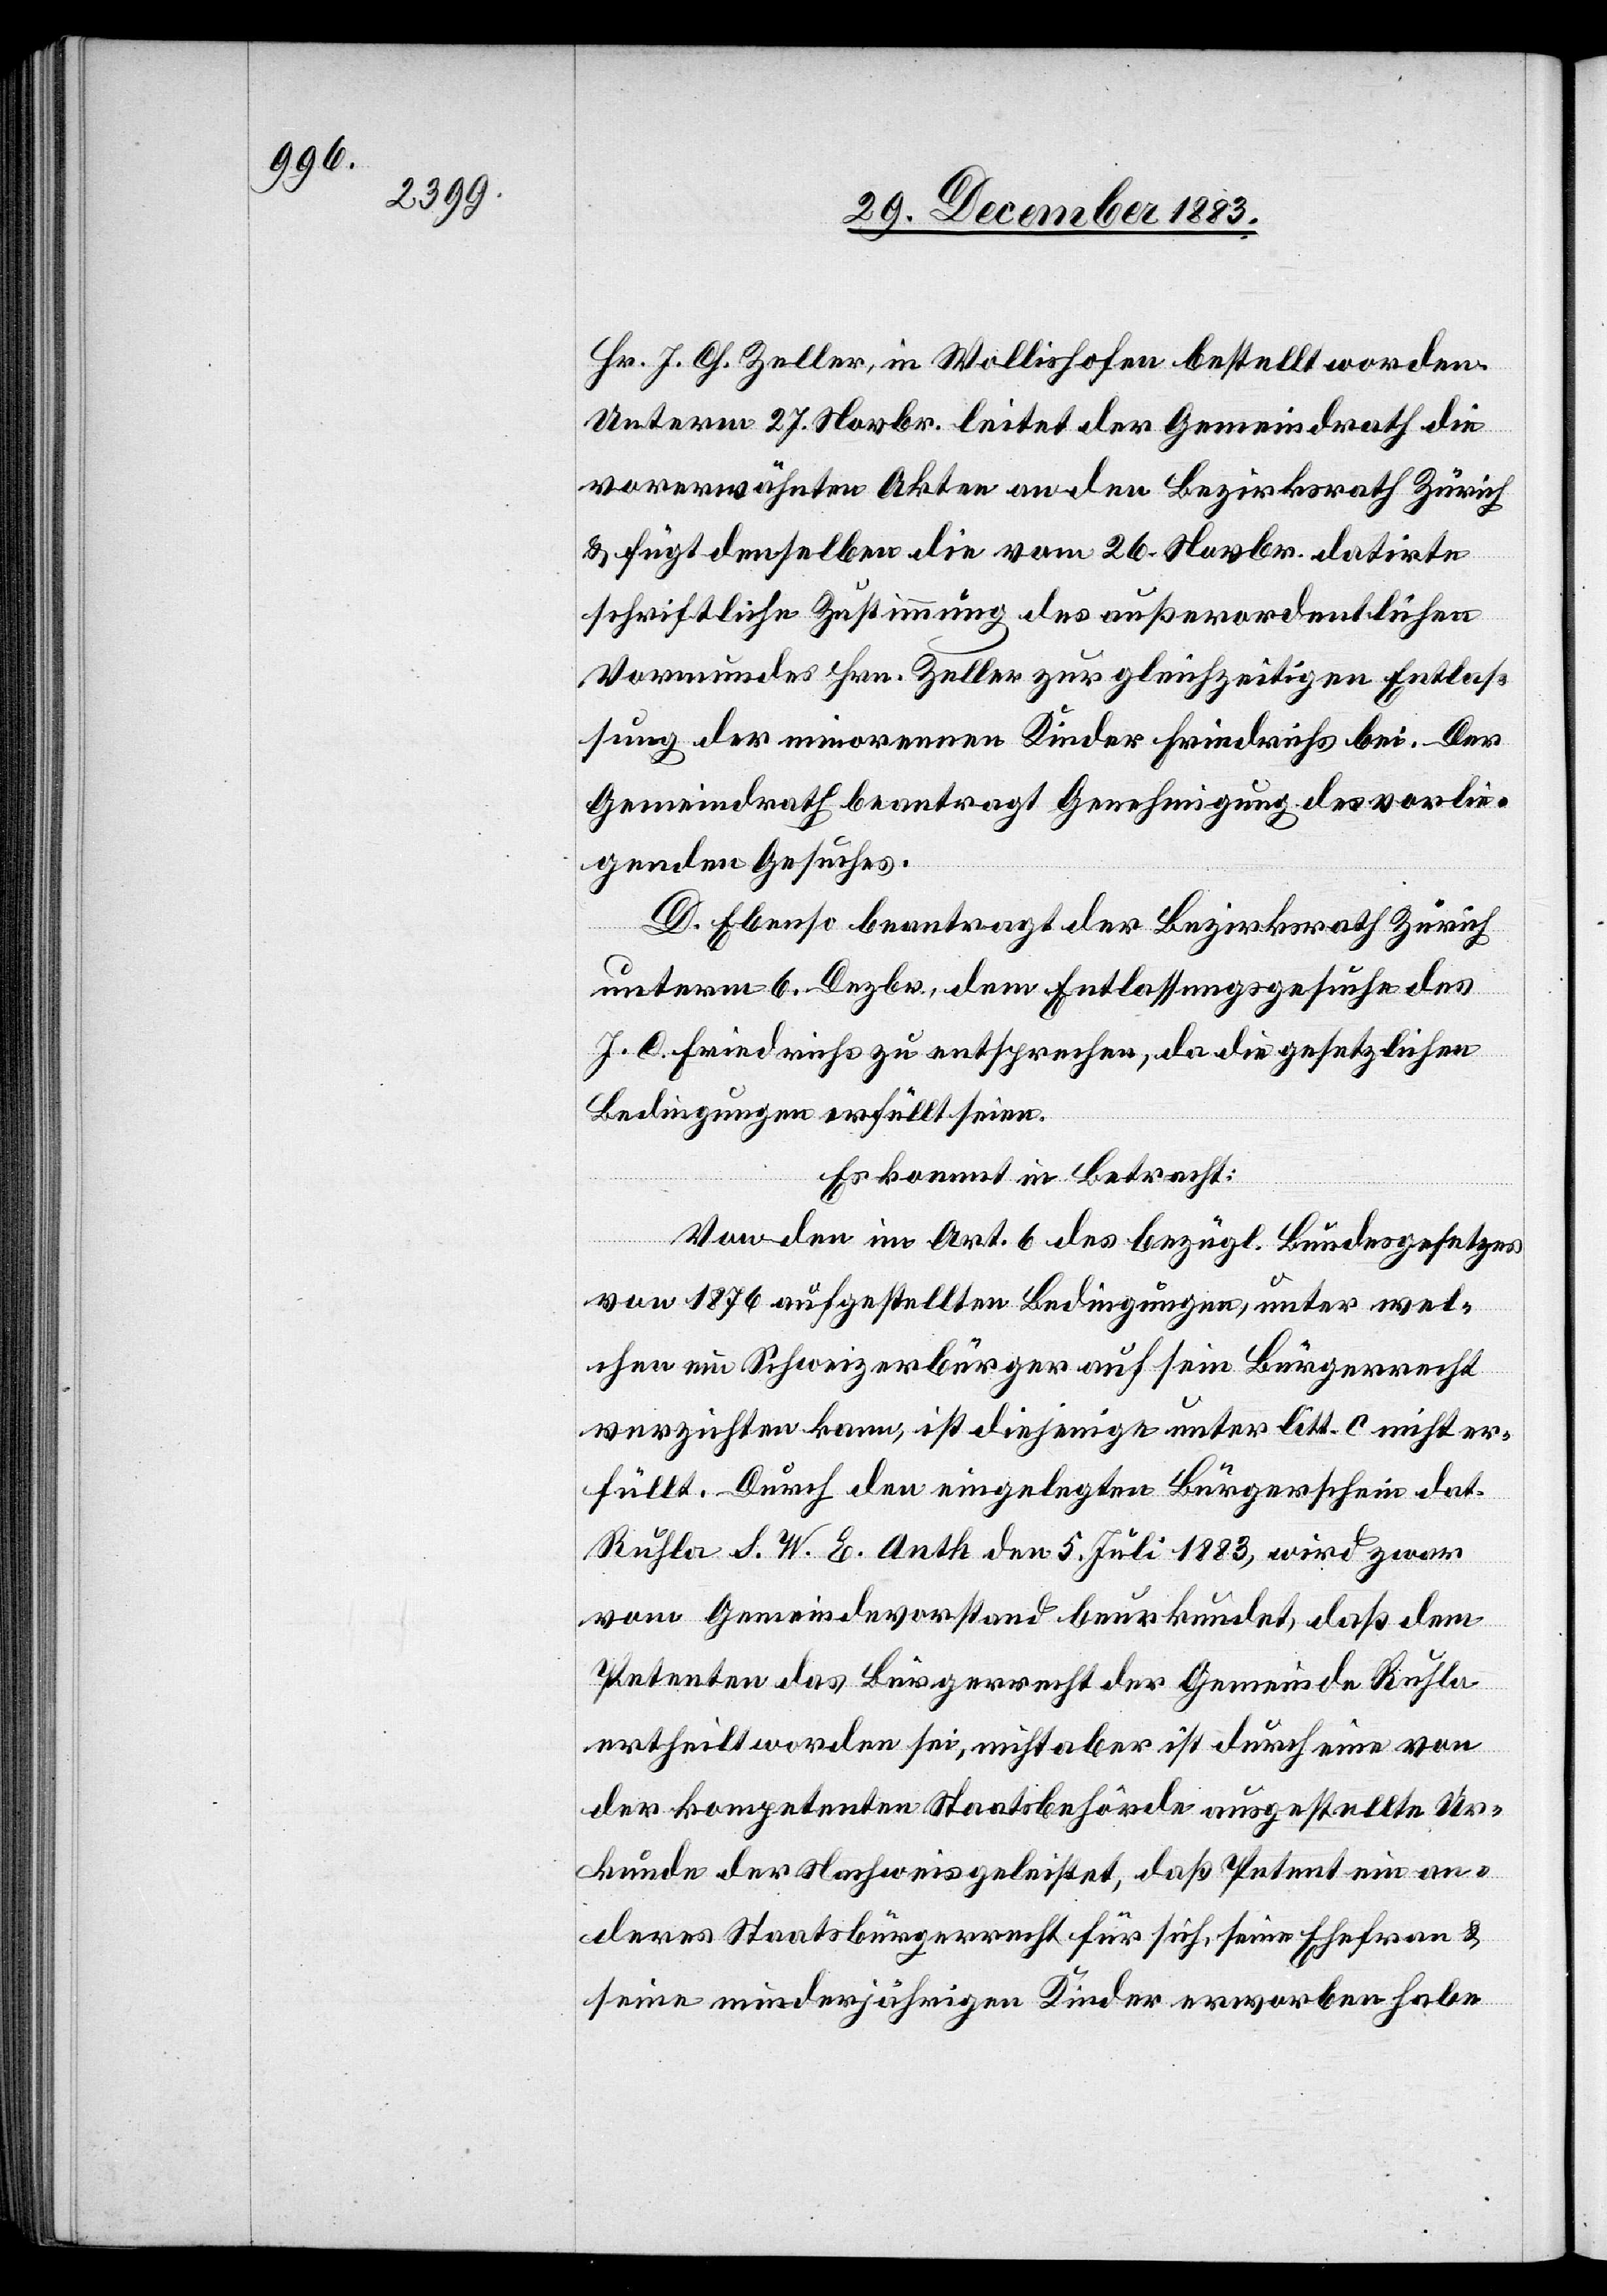
Hr. J. Ch. Zeller, in Wollishofen bestellt worden.
Unterm 27. Novbr. leitet der Gemeindrath die
vorerwähnten Akten an den Bezirksrath Zürich
& fügt denselben die vom 26. Novbr. datirte
schriftliche Zustimmung des außerordenlichen
Vormundes Hrn. Zeller zur gleichzeitigen Entlas¬
sung der minorenen Kinder Friedrichs bei. Der
Gemeindrath beantragt Genehmigung des vorlie¬
genden Gesuches.
D. Ebenso beantragt der Bezirksrath Zürich
unterm 6. Dezbr., dem Entlassungsgesuche des
J. C. Friedrichs zu entsprechen, da die gesetzlichen
Bedingungen erfüllt seien.
Es kommt in Betracht:
Von den im Art. 6 des bezügl. Bundesgesetzes
von 1876 aufgestellten Bedingungen, unter wel¬
chen ein Schweizerbürger auf sein Bürgerecht
verzichten kann, ist diejenige unter litt. c. nicht er¬
füllt. Durch den eingelegten Bürgerschein dat.
Ruhla S. W. E. Anth den 5. Juli 1883, wird zwar
vom Gemeindevorstand beurkundet, daß dem
Petenten das Bürgerrecht der Gemeinde Ruhla
ertheilt worden sei, nicht aber ist durch eine von
der kompetenten Staatsbehörde ausgestellte Ur¬
kunde der Nachweis geleistet, daß Petent ein an¬
deres Staatsbürgerrecht für sich, seine Ehefrau &
seine minderjährigen Kinder erworben habe